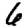
Digit: 6